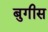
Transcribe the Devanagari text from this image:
बुगीस